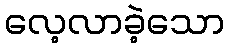
လေ့လာခဲ့သော